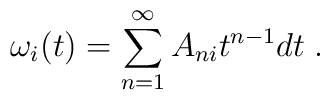
\omega_{i}(t)=\sum_{n=1}^{\infty}A_{ni}t^{n-1}dt\;.